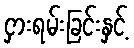
ငှားရမ်းခြင်းနှင့်